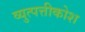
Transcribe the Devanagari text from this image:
व्युत्पत्तीकोश